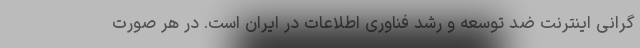
گرانی اینترنت ضد توسعه و رشد فناوری اطلاعات در ایران است. در هر صورت